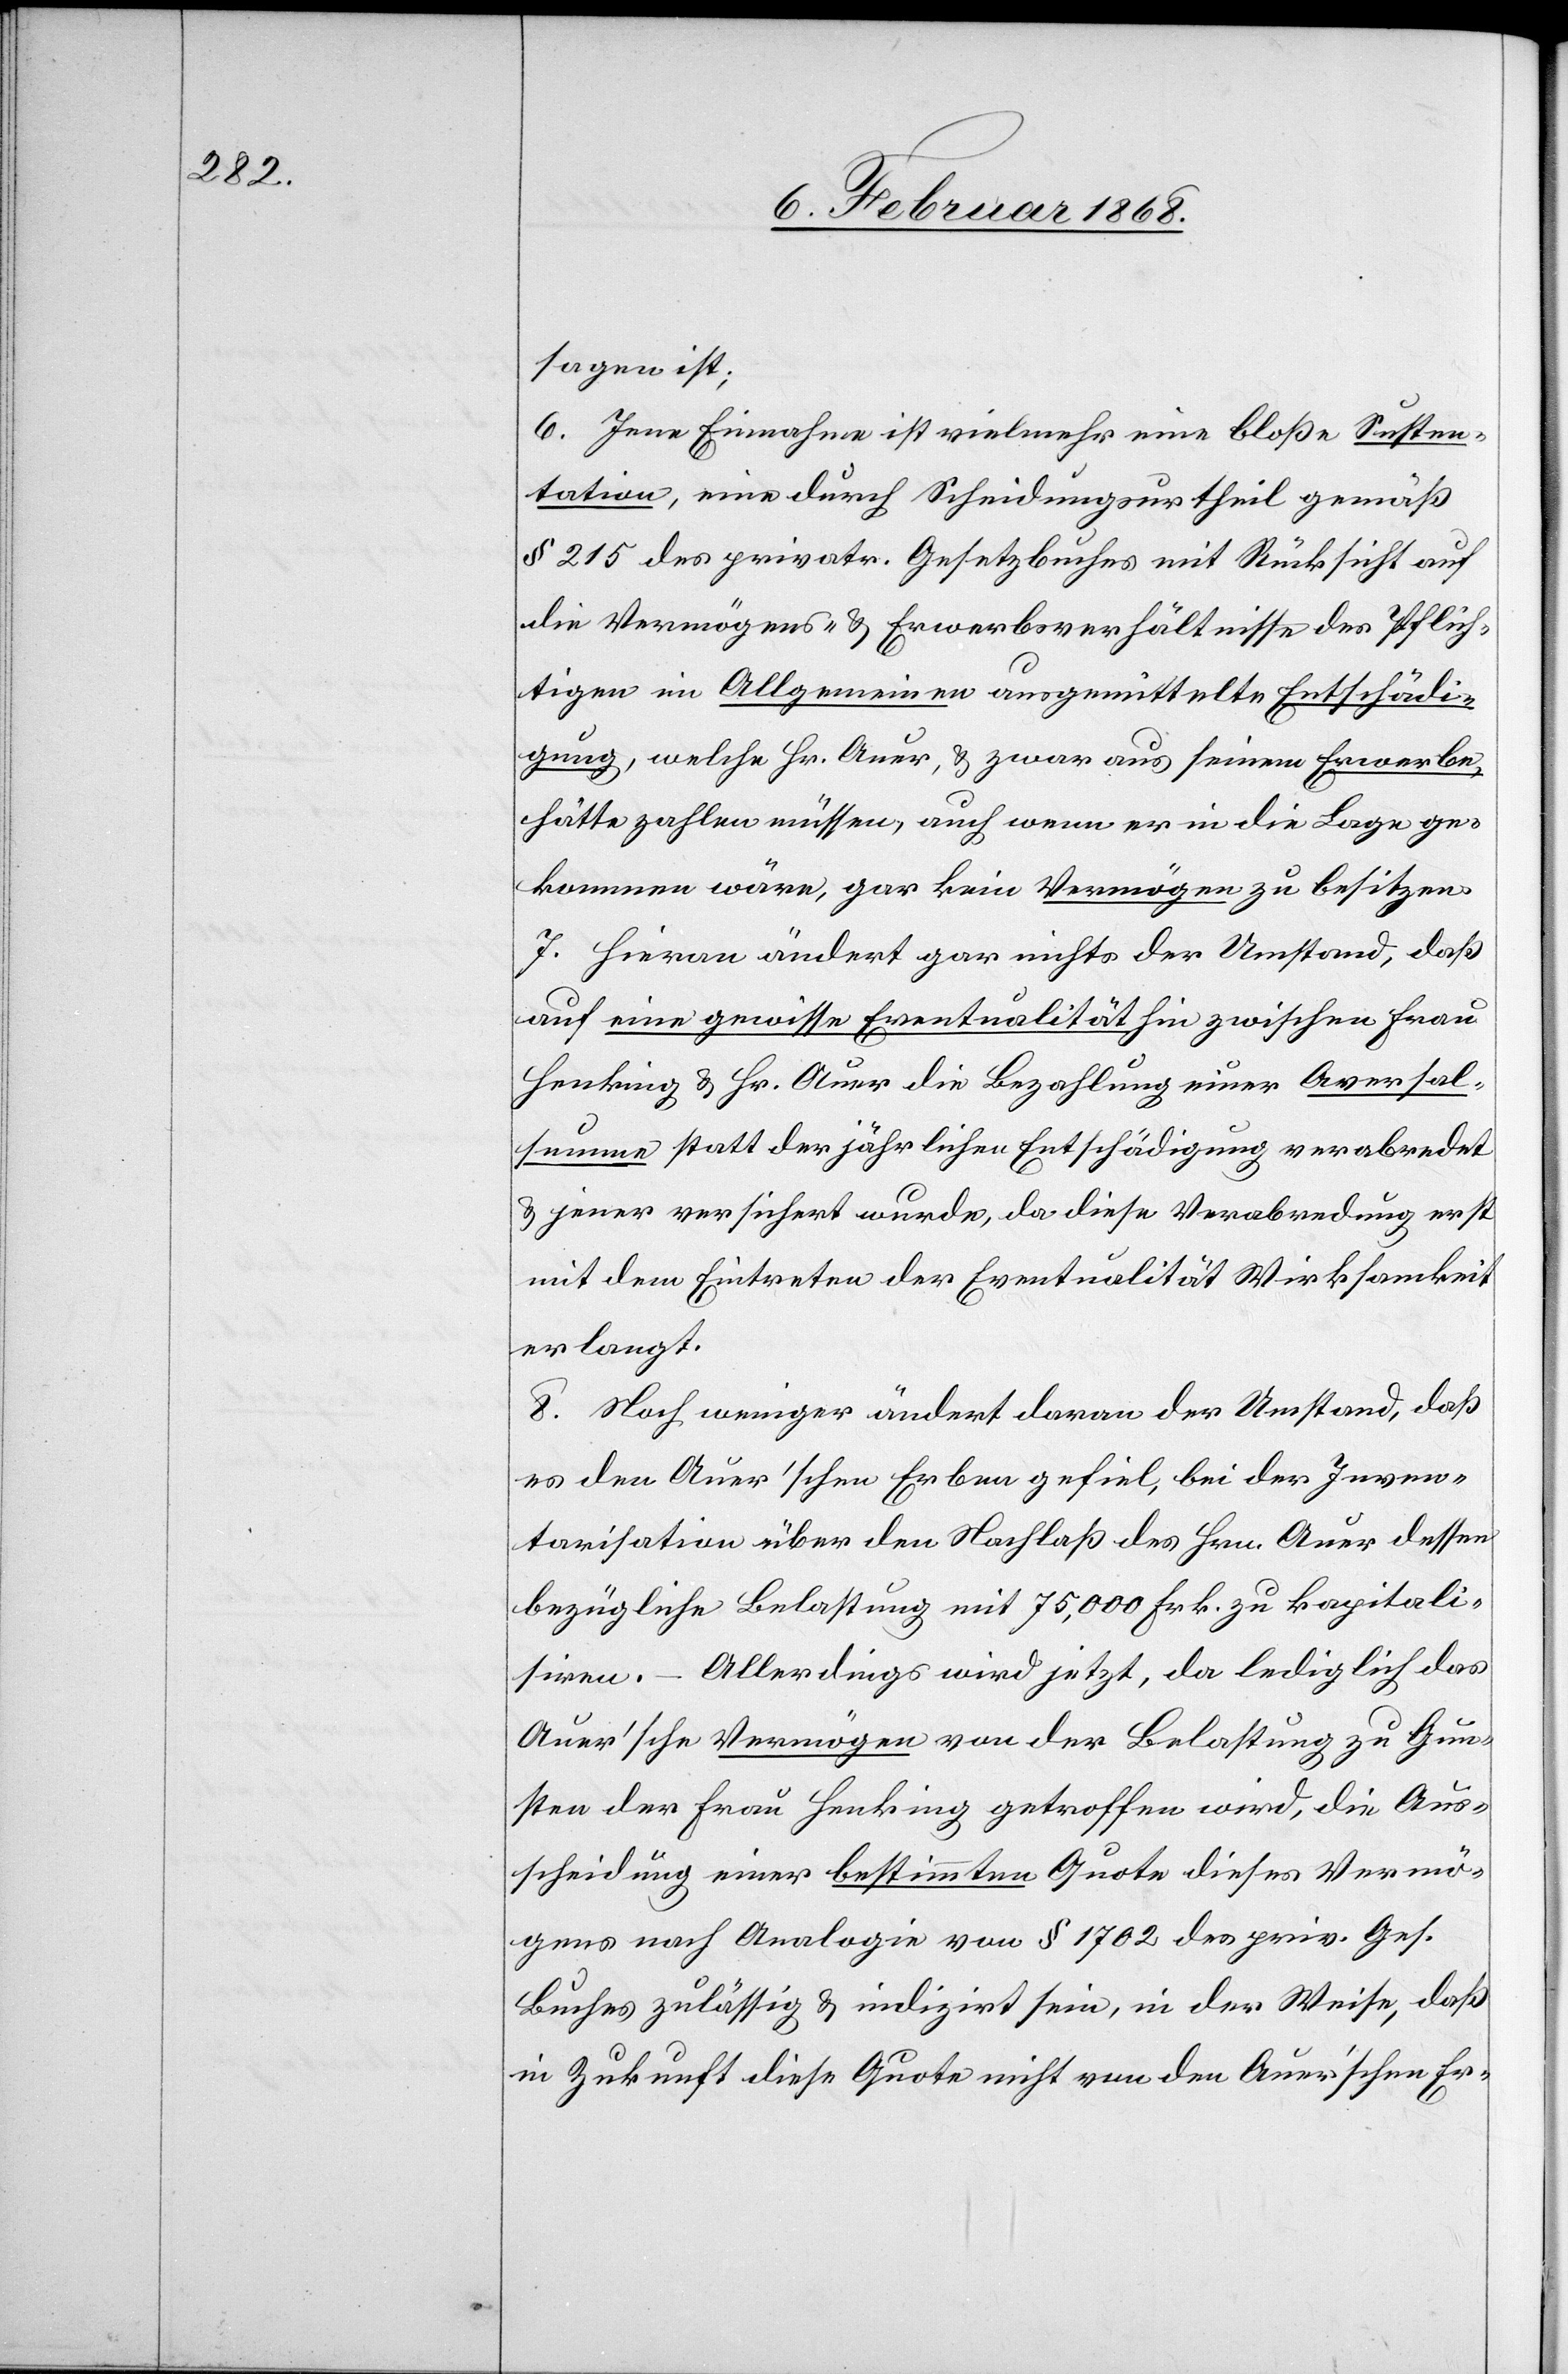
sagen ist;
6. Jene Einnahme ist vielmehr eine bloße Susten¬
tation, eine durch Scheidungsurtheil gemäß
§ 215 des privatr. Gesetzbuches mit Rücksicht auf
die Vermögens- & Erwerbsverhältnisse des Pflich¬
tigen im Allgemeinen ausgemittelte Entschädi¬
gung, welche Hr. Auer, & zwar aus seinem Erwerbe,
hätte zahlen müssen, auch wenn er in die Lage ge¬
kommen wäre, gar kein Vermögen zu besitzen.
7. Hieran ändert gar nichts der Umstand, daß
auf eine gewisse Eventualität hin zwischen Frau
Henking & Hr. Auer die Bezahlung einer Aversal¬
summe statt der jährlichen Entschädigung verabredet
& jener versichert wurde, da diese Verabredung erst
mit dem Eintreten der Eventualität Wirksamkeit
erlangt.
8. Noch weniger ändert daran der Umstand, daß
es den Auer’schen Erben gefiel, bei der Inven¬
tarisation über den Nachlaß des Hrn. Auer dessen
bezügliche Belastung mit 75,000 Frk. zu kapitali¬
siren. – Allerdings wird jetzt, da lediglich das
Auer’sche Vermögen von der Belastung zu Gun¬
sten der Frau Henking getroffen wird, die Aus¬
scheidung einer bestimmten Quote dieses Vermö¬
gens nach Analogie von § 1702 des priv. Ges.
Buches zulässig & indizirt sein, in der Weise, daß
in Zukunft diese Quote nicht von den Auer’schen Er-